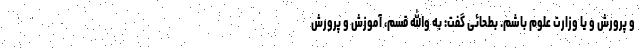
و پرورش و یا وزارت علوم باشم. بطحائی گفت: به والله قسم، آموزش و پرورش